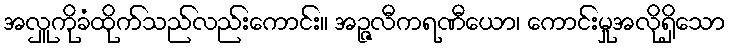
အလှူကိုခံထိုက်သည်လည်းကောင်း။ အဉ္ဇလီကရဏီယော၊ ကောင်းမှုအလိုရှိသော